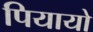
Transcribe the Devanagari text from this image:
पियायो